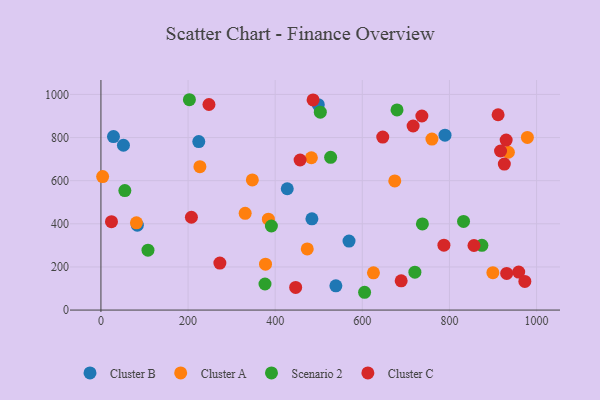
{"axis": {"x": "Speed", "y": "Fuel Efficiency"}, "legend": ["Cluster A", "Cluster B", "Cluster C", "Scenario 2"], "data": [{"x": "83.6", "y": 393.6, "type": "Cluster B"}, {"x": "484.3", "y": 423.1, "type": "Cluster B"}, {"x": "427.7", "y": 562.5, "type": "Cluster B"}, {"x": "539.3", "y": 112.3, "type": "Cluster B"}, {"x": "569.5", "y": 319.8, "type": "Cluster B"}, {"x": "498.9", "y": 952.5, "type": "Cluster B"}, {"x": "51.7", "y": 764.4, "type": "Cluster B"}, {"x": "28.8", "y": 804.3, "type": "Cluster B"}, {"x": "789.8", "y": 810.8, "type": "Cluster B"}, {"x": "224.6", "y": 781.3, "type": "Cluster B"}, {"x": "377.8", "y": 213.0, "type": "Cluster A"}, {"x": "227.2", "y": 664.8, "type": "Cluster A"}, {"x": "384.4", "y": 421.3, "type": "Cluster A"}, {"x": "759.8", "y": 793.1, "type": "Cluster A"}, {"x": "347.6", "y": 603.5, "type": "Cluster A"}, {"x": "483.1", "y": 706.3, "type": "Cluster A"}, {"x": "81.5", "y": 404.6, "type": "Cluster A"}, {"x": "674.5", "y": 599.0, "type": "Cluster A"}, {"x": "625.6", "y": 172.6, "type": "Cluster A"}, {"x": "978.9", "y": 800.6, "type": "Cluster A"}, {"x": "899.7", "y": 173.4, "type": "Cluster A"}, {"x": "3.9", "y": 618.8, "type": "Cluster A"}, {"x": "331.1", "y": 448.5, "type": "Cluster A"}, {"x": "473.6", "y": 283.7, "type": "Cluster A"}, {"x": "935.3", "y": 731.8, "type": "Cluster A"}, {"x": "376.6", "y": 120.8, "type": "Scenario 2"}, {"x": "527.3", "y": 708.3, "type": "Scenario 2"}, {"x": "832.4", "y": 410.9, "type": "Scenario 2"}, {"x": "737.9", "y": 399.3, "type": "Scenario 2"}, {"x": "54.9", "y": 553.9, "type": "Scenario 2"}, {"x": "720.7", "y": 175.5, "type": "Scenario 2"}, {"x": "203.1", "y": 975.4, "type": "Scenario 2"}, {"x": "503.6", "y": 917.5, "type": "Scenario 2"}, {"x": "391.3", "y": 389.9, "type": "Scenario 2"}, {"x": "108.0", "y": 277.9, "type": "Scenario 2"}, {"x": "605.2", "y": 82.5, "type": "Scenario 2"}, {"x": "874.5", "y": 300.0, "type": "Scenario 2"}, {"x": "679.7", "y": 927.9, "type": "Scenario 2"}, {"x": "917.3", "y": 737.7, "type": "Cluster C"}, {"x": "457.2", "y": 695.9, "type": "Cluster C"}, {"x": "787.3", "y": 301.0, "type": "Cluster C"}, {"x": "911.7", "y": 905.7, "type": "Cluster C"}, {"x": "24.2", "y": 409.7, "type": "Cluster C"}, {"x": "926.0", "y": 676.9, "type": "Cluster C"}, {"x": "689.2", "y": 135.6, "type": "Cluster C"}, {"x": "487.0", "y": 974.7, "type": "Cluster C"}, {"x": "959.0", "y": 176.3, "type": "Cluster C"}, {"x": "973.1", "y": 133.0, "type": "Cluster C"}, {"x": "646.9", "y": 802.0, "type": "Cluster C"}, {"x": "716.6", "y": 853.5, "type": "Cluster C"}, {"x": "930.2", "y": 788.2, "type": "Cluster C"}, {"x": "931.4", "y": 170.0, "type": "Cluster C"}, {"x": "273.0", "y": 218.0, "type": "Cluster C"}, {"x": "248.0", "y": 953.3, "type": "Cluster C"}, {"x": "447.0", "y": 105.0, "type": "Cluster C"}, {"x": "736.7", "y": 899.9, "type": "Cluster C"}, {"x": "207.7", "y": 430.4, "type": "Cluster C"}, {"x": "856.3", "y": 299.3, "type": "Cluster C"}]}